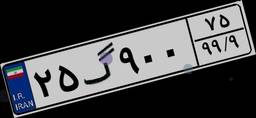
۸۲گ۱۴۷۴۴